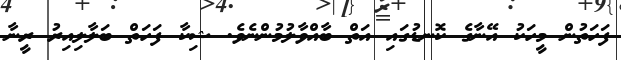
ފަހަތުން މީހަކު އޭނާގެ ކޮނޑުގައި އަތް ބާއްވާލުމުންނެވެ. ޝިކާ ފަހަތް ބަލާލިއިރު ރީނާ